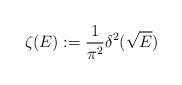
LaTeX: \begin{align*}\zeta(E):=\frac{1}{\pi^2}\delta^2(\sqrt E)\end{align*}